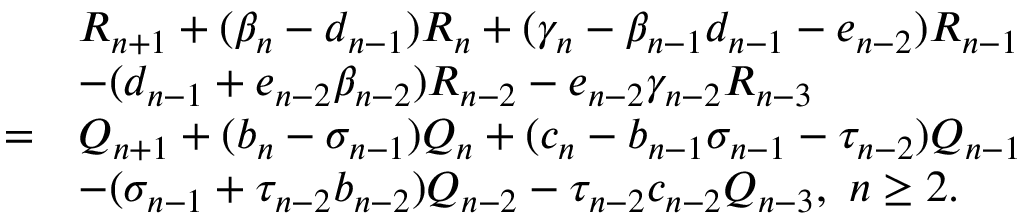
\begin{array} { r l } & { R _ { n + 1 } + ( \beta _ { n } - d _ { n - 1 } ) R _ { n } + ( \gamma _ { n } - \beta _ { n - 1 } d _ { n - 1 } - e _ { n - 2 } ) R _ { n - 1 } } \\ & { - ( d _ { n - 1 } + e _ { n - 2 } \beta _ { n - 2 } ) R _ { n - 2 } - e _ { n - 2 } \gamma _ { n - 2 } R _ { n - 3 } } \\ { = } & { Q _ { n + 1 } + ( b _ { n } - \sigma _ { n - 1 } ) Q _ { n } + ( c _ { n } - b _ { n - 1 } \sigma _ { n - 1 } - \tau _ { n - 2 } ) Q _ { n - 1 } } \\ & { - ( \sigma _ { n - 1 } + \tau _ { n - 2 } b _ { n - 2 } ) Q _ { n - 2 } - \tau _ { n - 2 } c _ { n - 2 } Q _ { n - 3 } , ~ n \geq 2 . } \end{array}